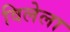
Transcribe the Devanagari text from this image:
विलेला